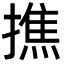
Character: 撨